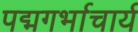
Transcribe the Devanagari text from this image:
पद्मगर्भाचार्य